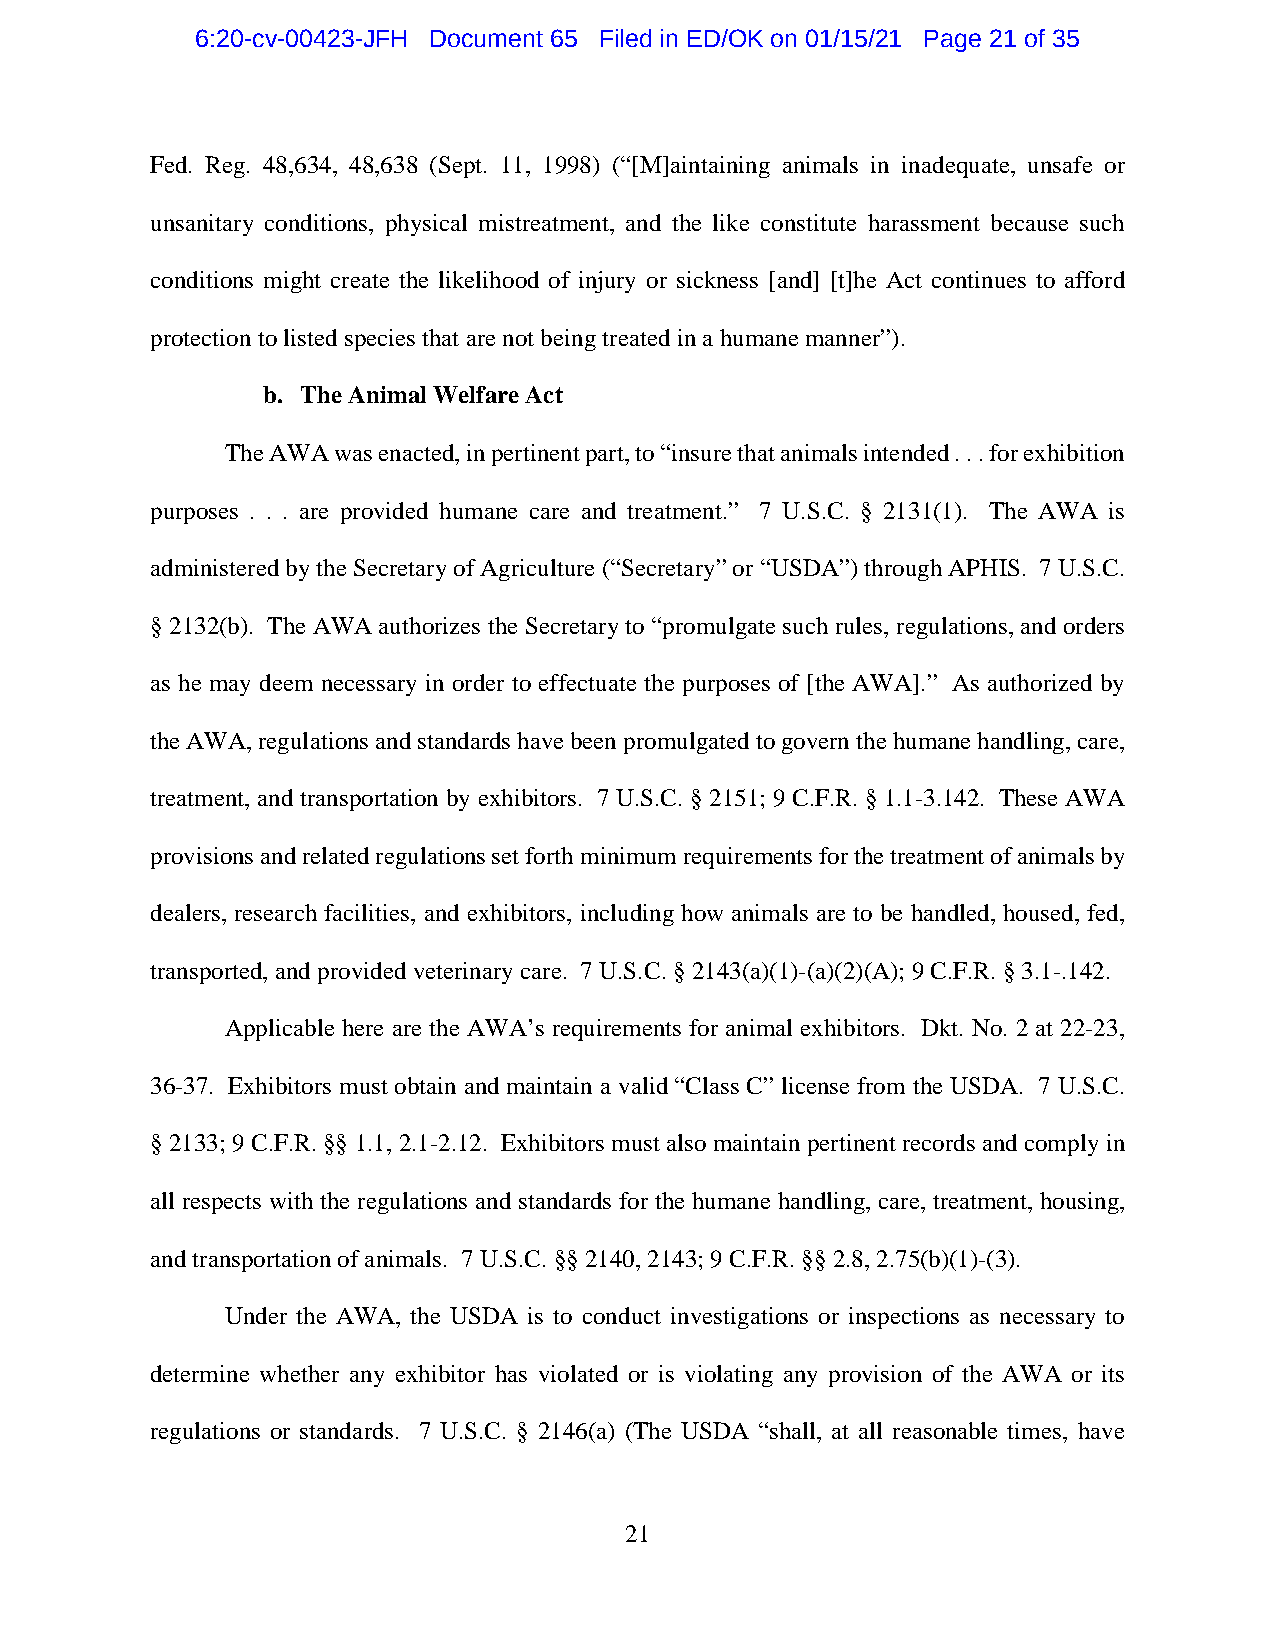
6:20-cv-00423-JFH Document 65 Filed in ED/OK on 01/15/21 Page 21 of 35
 Fed. Reg. 48,634, 48,638 (Sept. 11, 1998) (“[M]aintaining animals in inadequate, unsafe or
 unsanitary conditions, physical mistreatment, and the like constitute harassment because such
 conditions might create the likelihood of injury or sickness [and] [t]he Act continues to afford
 protection to listed species that are not being treated in a humane manner”).
 b. The Animal Welfare Act
 The AWA was enacted, in pertinent part, to “insure that animals intended . . . for exhibition
 purposes . . . are provided humane care and treatment.” 7 U.S.C. § 2131(1). The AWA is
 administered by the Secretary of Agriculture (“Secretary” or “USDA”) through APHIS. 7 U.S.C.
 § 2132(b). The AWA authorizes the Secretary to “promulgate such rules, regulations, and orders
 as he may deem necessary in order to effectuate the purposes of [the AWA].” As authorized by
 the AWA, regulations and standards have been promulgated to govern the humane handling, care,
 treatment, and transportation by exhibitors. 7 U.S.C. § 2151; 9 C.F.R. § 1.1-3.142. These AWA
 provisions and related regulations set forth minimum requirements for the treatment of animals by
 dealers, research facilities, and exhibitors, including how animals are to be handled, housed, fed,
 transported, and provided veterinary care. 7 U.S.C. § 2143(a)(1)-(a)(2)(A); 9 C.F.R. § 3.1-.142.
 Applicable here are the AWA’s requirements for animal exhibitors. Dkt. No. 2 at 22-23,
 36-37. Exhibitors must obtain and maintain a valid “Class C” license from the USDA. 7 U.S.C.
 § 2133; 9 C.F.R. §§ 1.1, 2.1-2.12. Exhibitors must also maintain pertinent records and comply in
 all respects with the regulations and standards for the humane handling, care, treatment, housing,
 and transportation of animals. 7 U.S.C. §§ 2140, 2143; 9 C.F.R. §§ 2.8, 2.75(b)(1)-(3).
 Under the AWA, the USDA is to conduct investigations or inspections as necessary to
 determine whether any exhibitor has violated or is violating any provision of the AWA or its
 regulations or standards. 7 U.S.C. § 2146(a) (The USDA “shall, at all reasonable times, have
 21